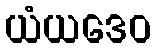
ယံယဒေဝ